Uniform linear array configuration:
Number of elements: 12
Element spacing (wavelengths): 0.75
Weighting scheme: cosine
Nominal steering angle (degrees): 15
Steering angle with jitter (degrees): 13.139
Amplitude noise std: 0.05
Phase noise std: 0.05

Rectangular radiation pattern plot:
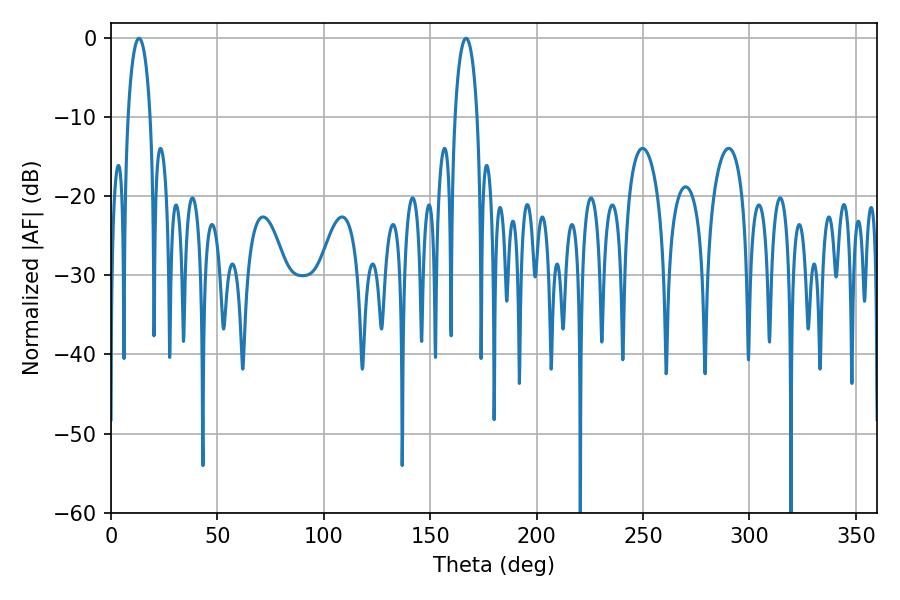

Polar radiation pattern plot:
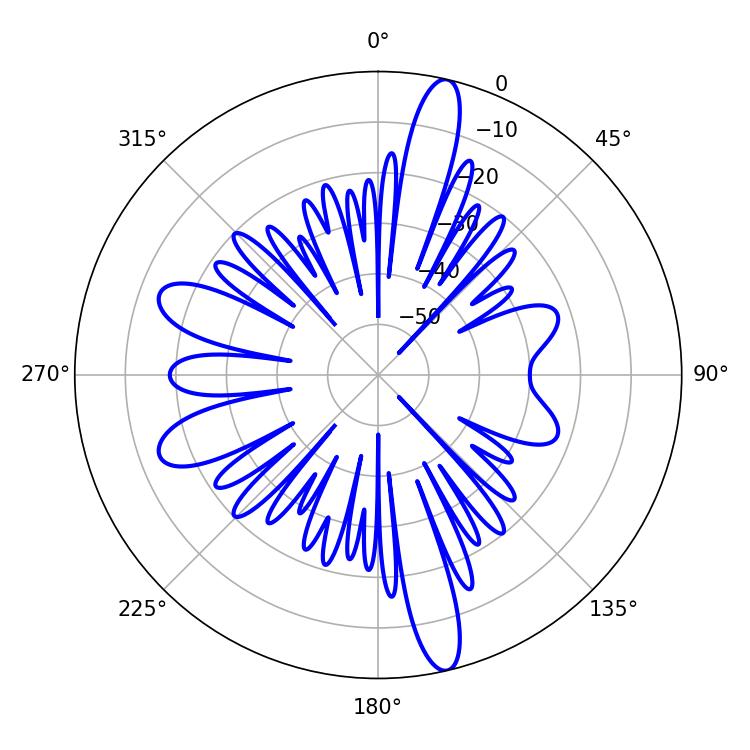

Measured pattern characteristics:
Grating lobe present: TRUE
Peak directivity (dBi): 17.196
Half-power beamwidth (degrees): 5.94
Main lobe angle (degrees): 13.14